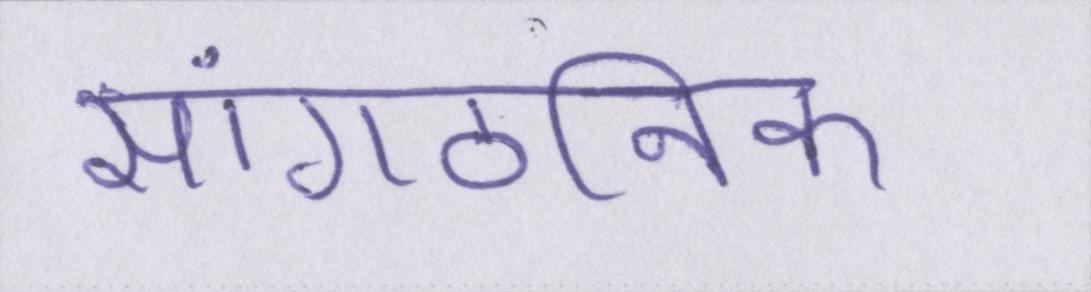
सांगठनिक